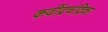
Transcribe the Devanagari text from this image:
कवींद्रचंद्रिका